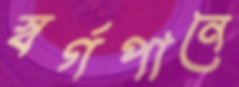
স্বর্গপানে